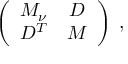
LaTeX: \left( \begin{array} { c c } { { M _ { \nu } } } & { { D } } \\ { { D ^ { T } } } & { { M } } \end{array} \right) \; ,